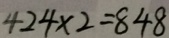
4 2 4 \times 2 = 8 4 8